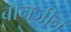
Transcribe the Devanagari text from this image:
बौनजीन